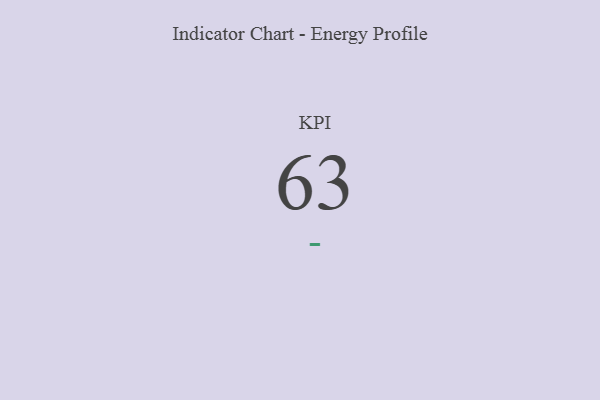
{"axis": {"x": "KPI", "y": "Value"}, "legend": [""], "data": [{"x": "KPI", "y": 63, "type": ""}]}